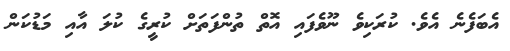
އެބަފެނެ އެވެ. ކުރަކިވެ ނޫވެފައި އޮތް ތުންފަތަށް ކުރީގެ ކުލަ އާއި މަޑުކަން